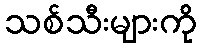
သစ်သီးများကို